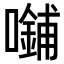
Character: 𪢜